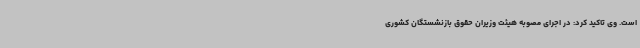
است. وی تاکید کرد: در اجرای مصوبه هیئت وزیران حقوق بازنشستگان کشوری